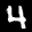
Label: 4